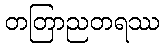
တတြာညတရဿ